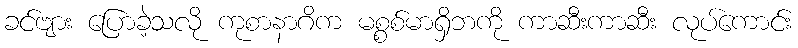
ခင်ဗျား ပြောခဲ့သလို ကုစာနာဂိက မစ္စစ်မာရှိဘကို ကာဆီးကာဆီး လုပ်ကောင်း